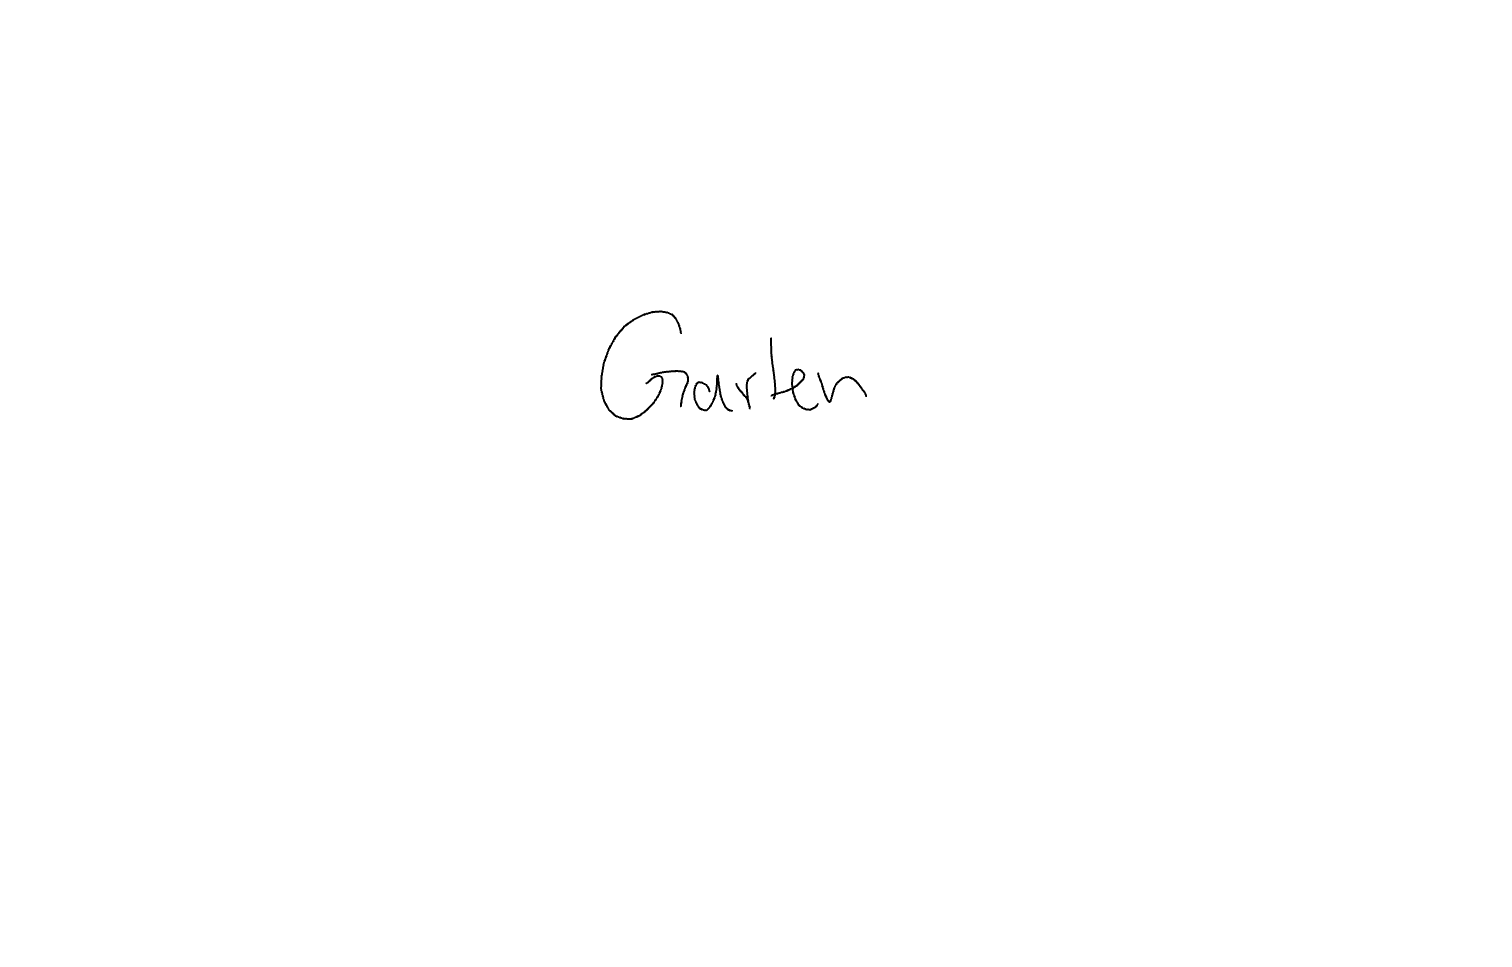
Text: Garten